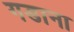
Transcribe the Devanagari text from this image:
गडाना